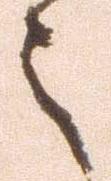
之